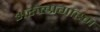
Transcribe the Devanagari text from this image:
अरुल्प्रगास्म